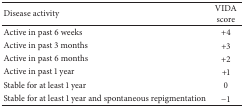
| Disease activity | VIDA score |
 | --- | --- |
 | Active in past 6 weeks | +4 |
 | Active in past 3 months | +3 |
 | Active in past 6 months | +2 |
 | Active in past 1 year | +1 |
 | Stable for at least 1 year | 0 |
 | Stable for at least 1 year and spontaneous repigmentation | −1 |